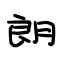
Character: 朗